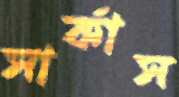
সার্কাস